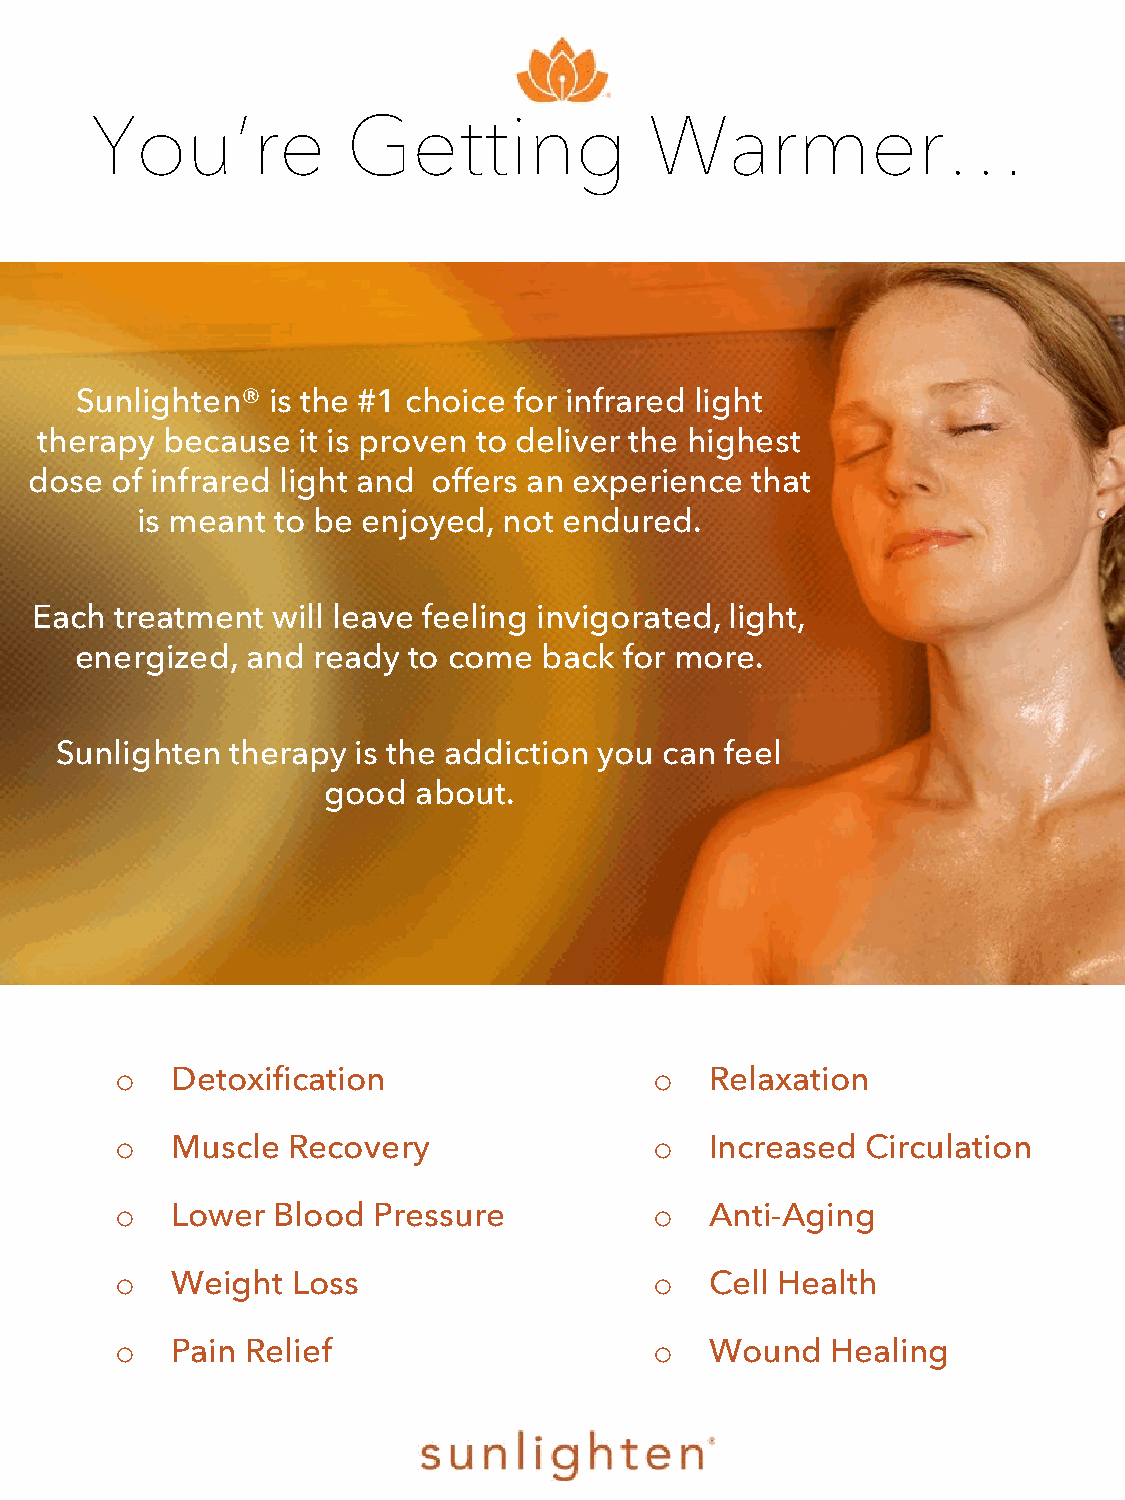
You’re           Getting             Warmer…
 Sunlighten®  is the #1 choice for infrared light
 therapy  because  it is proven to deliver the highest
 dose of infrared light and offers an experience that
 is meant to be enjoyed, not endured.
 Each  treatment will leave feeling invigorated, light,
 energized, and  ready to come  back for more.
 Sunlighten therapy  is the addiction you can feel
 good   about.
 Detoxification                      Relaxation
 o                                  o
 Muscle  Recovery                    Increased Circulation
 o                                  o
 Lower  Blood  Pressure              Anti-Aging
 o                                  o
 Weight  Loss                        Cell Health
 o                                  o
 Pain Relief                         Wound   Healing
 o                                  o